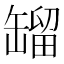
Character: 𦉉